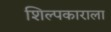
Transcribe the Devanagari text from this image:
शिल्पकाराला